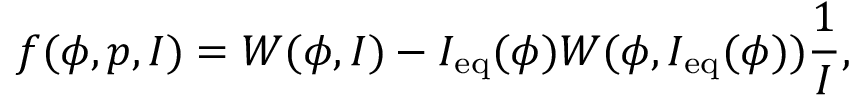
f ( \phi , p , I ) = W ( \phi , I ) - I _ { \mathrm { e q } } ( \phi ) W ( \phi , I _ { \mathrm { e q } } ( \phi ) ) \frac { 1 } { I } ,